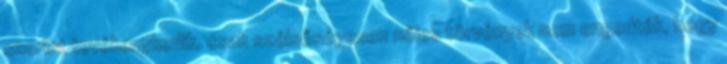
szerint tevékenykedik, csak szélsőségesen nőies törvények nem engedték, hogy